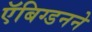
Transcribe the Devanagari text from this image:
ऍबिग्डनने